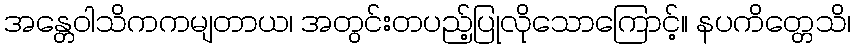
အန္တေဝါသိကကမျတာယ၊ အတွင်းတပည့်ပြုလိုသောကြောင့်။ နပကိတ္တေသိ၊